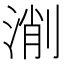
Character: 𣸛